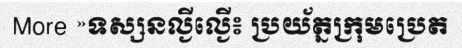
More »ទស្សនល្ងីល្ងើ៖ ប្រយ័ត្នក្រុមប្រេត